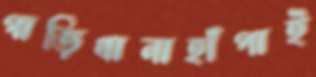
গাড়িখানাহাঁপাই